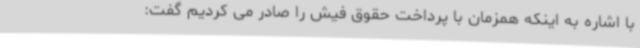
با اشاره به اینکه همزمان با پرداخت حقوق فیش را صادر می کردیم گفت: